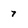
Character: 7